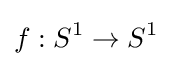
f:S^{1}\to S^{1}